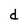
Character: d